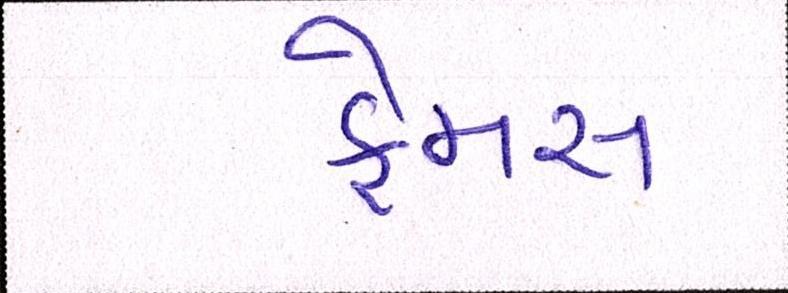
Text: ફેમસ